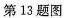
第13题图